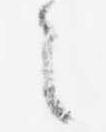
之